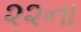
૨૨ના